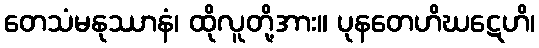
တေသံမနုဿာနံ၊ ထိုလူတို့အား။ ပုနတေဟိဃဋေဟိ၊